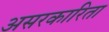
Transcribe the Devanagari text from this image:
असरकारिता